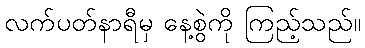
လက်ပတ်နာရီမှ နေ့စွဲကို ကြည့်သည်။